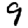
Digit: 9